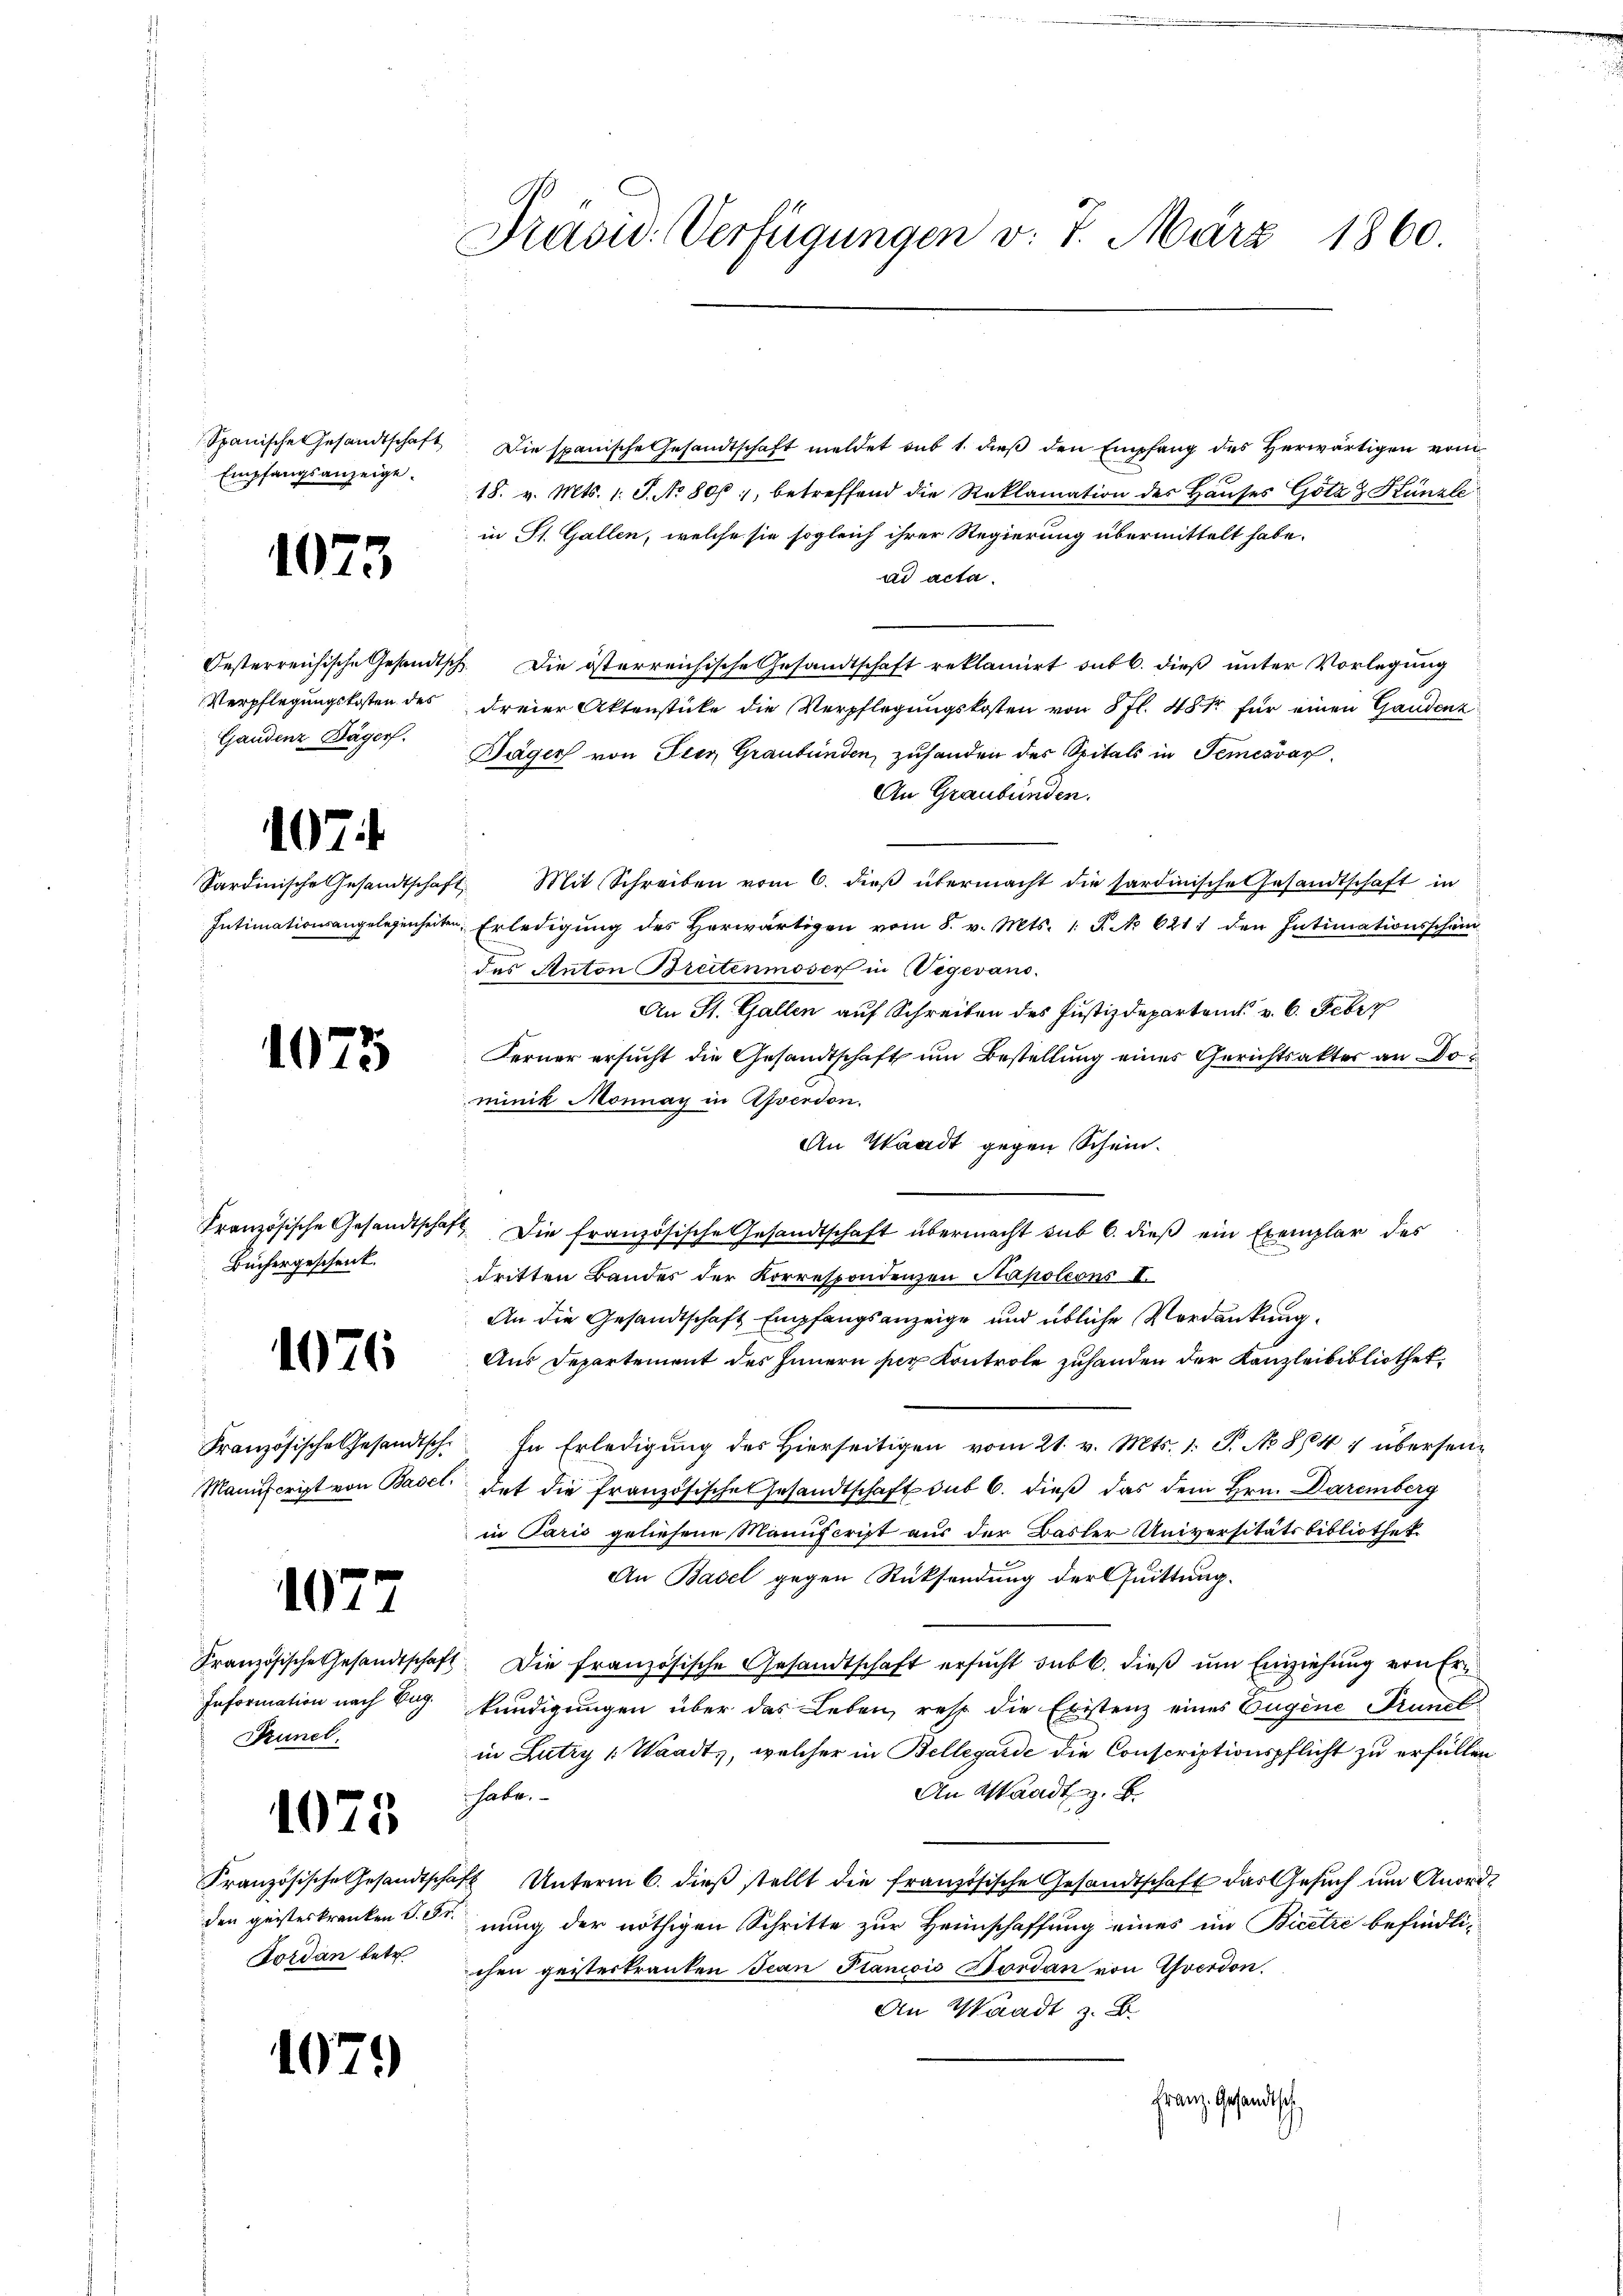
Empfangsanzeige.

1073

Gandenz Däger.

1

Sardinische Gesandtscha

Büchergeschenk.

1

)

1076

1077

Information nach Zug.
Prunel.

)

1

3

25

Tordan betr.

)

Präsid. Verfügungen v. 7. März 1860.

Spanische Gesandtschaft. Die spanische Gesandtschaft meldet sub 1. dieß den Empfang des Herwärtigen vom
18. v. Mts. 1. J. No 806, betreffend die Reklamation des Hauses Götz & Künzle
in St. Gallen, welche sie sogleich ihrer Regierung übermittelt habe.
ad acta.
Oesterreichische Gesandtsch. Die österreichische Gesandtschaft reklamirt sub b. dieß unter Vorlegung
Verpflegungskosten des dreier Aktenstücke die Verpflegungskosten von 5 fl. 48 Xr für einen Gandenz
Jäger von Frey Graubünden, zuhanden des Spitals in Temesvár
An Graubünden.
aft. Mit Schreiben vom 6. dieβ übermacht die sardinische Gesandtschaft in
Intimationsangelegenheiten, Erledigung des Herwärtigen vom 8. v. Mts. 1. P. No 621 den Intimationsschäm
des Anton Breitenmoser in Wegevans.
An St. Gallen auf Schreiben des Justizdeparten v. 6. Febru
Ferner ersucht die Gesandtschaft um Bestellung eines Gerichtsakter an Dominik Monnay in Averdon.
An Waadt gegen Schein.
Französische Gesandtschaft die französische Gesandtschaft übermacht sub 6. dieβ ein Exemplar des
dritten Bandes der Korrespondenzen Napoleons II.
An die Gesandtschaft Empfangsanzeige und übliche Verdankung.
Aus Departement des Innern ser Kontrole zuhanden der Kanzleibibliothek
Französische Gesandtsch. In Erledigŭng des hierseitigen vom 21. v. Mts. 1. P. No 841 übersei¬
Manuscript von Basel hat die französische Gesandtschaft sub 6. dieß das dem Hrn. Daremberg
in Paris geliehene Manuscript aus der Basler Universitätsbibliothek.
An Basel gegen Rücksendung der Quittung.
Französische Gesandtschaft. Die französische Gesandtschaft ersucht sub b. dieß um Einziehung von Er¬
1
kündigungen über das Leben, resp. die Existenz eines Eugene Prunel
in Lutry (Waadt, welcher in Bellegarde die Conscriptionspflicht zu erfüllen
An Waadt z. B.
habe.
Französische Gesandtschaft Unterm 6. dieβ stellt die französische Gesandtschaft das Gesŭch ŭm Anord-
den geisteskranken S. Srnung der nöthigen Schritte zur Heimschaffung eines im Bicetze befindlichen geisterkranken Jean Plancois Bordan von Yverdon.
An Waadt z. B.
Franz. Gesandtsch